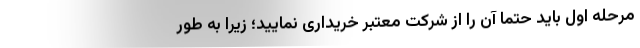
مرحله اول باید حتما آن را از شرکت معتبر خریداری نمایید؛ زیرا به طور